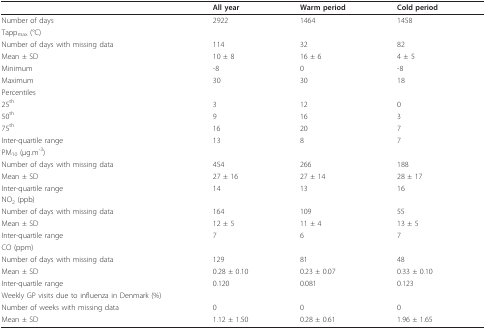
<table><thead><tr><td></td><td><b>All year</b></td><td><b>Warm period</b></td><td><b>Cold period</b></td></tr></thead><tbody><tr><td>Number of days</td><td>2922</td><td>1464</td><td>1458</td></tr><tr><td>Tapp<sub>max </sub>(°C)</td><td></td><td></td><td></td></tr><tr><td>Number of days with missing data</td><td>114</td><td>32</td><td>82</td></tr><tr><td>Mean ± SD</td><td>10 ± 8</td><td>16 ± 6</td><td>4 ± 5</td></tr><tr><td>Minimum</td><td>-8</td><td>0</td><td>-8</td></tr><tr><td>Maximum</td><td>30</td><td>30</td><td>18</td></tr><tr><td>Percentiles</td><td></td><td></td><td></td></tr><tr><td>25<sup>th</sup></td><td>3</td><td>12</td><td>0</td></tr><tr><td>50<sup>th</sup></td><td>9</td><td>16</td><td>3</td></tr><tr><td>75<sup>th</sup></td><td>16</td><td>20</td><td>7</td></tr><tr><td>Inter-quartile range</td><td>13</td><td>8</td><td>7</td></tr><tr><td>PM<sub>10 </sub>(μg.m<sup>-3</sup>)</td><td></td><td></td><td></td></tr><tr><td>Number of days with missing data</td><td>454</td><td>266</td><td>188</td></tr><tr><td>Mean ± SD</td><td>27 ± 16</td><td>27 ± 14</td><td>28 ± 17</td></tr><tr><td>Inter-quartile range</td><td>14</td><td>13</td><td>16</td></tr><tr><td>NO<sub>2 </sub>(ppb)</td><td></td><td></td><td></td></tr><tr><td>Number of days with missing data</td><td>164</td><td>109</td><td>55</td></tr><tr><td>Mean ± SD</td><td>12 ± 5</td><td>11 ± 4</td><td>13 ± 5</td></tr><tr><td>Inter-quartile range</td><td>7</td><td>6</td><td>7</td></tr><tr><td>CO (ppm)</td><td></td><td></td><td></td></tr><tr><td>Number of days with missing data</td><td>129</td><td>81</td><td>48</td></tr><tr><td>Mean ± SD</td><td>0.28 ± 0.10</td><td>0.23 ± 0.07</td><td>0.33 ± 0.10</td></tr><tr><td>Inter-quartile range</td><td>0.120</td><td>0.081</td><td>0.123</td></tr><tr><td>Weekly GP visits due to influenza in Denmark (%)</td><td></td><td></td><td></td></tr><tr><td>Number of weeks with missing data</td><td>0</td><td>0</td><td>0</td></tr><tr><td>Mean ± SD</td><td>1.12 ± 1.50</td><td>0.28 ± 0.61</td><td>1.96 ± 1.65</td></tr></tbody></table>